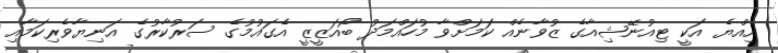
އިއްޔެ އަކީ ޓިއުނޭޝިއާގެ ޒުވާނެއް ކަމަށްވާ މުހައްމަދު ބޯއަޒީޒީ އެގައުމުގެ ސަރުކާރުގެ އަނިޔާވެރިކަމާއި